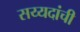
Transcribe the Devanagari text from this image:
सय्यदांची